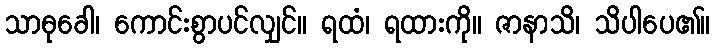
သာဓုခေါ၊ ကောင်းစွာပင်လျှင်။ ရထံ၊ ရထားကို။ ဇာနာသိ၊ သိပါပေ၏။